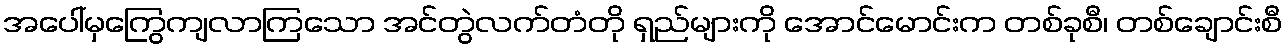
အပေါ်မှကြွေကျလာကြသော အင်တွဲလက်တံတို ရှည်များကို အောင်မောင်းက တစ်ခုစီ၊ တစ်ချောင်းစီ